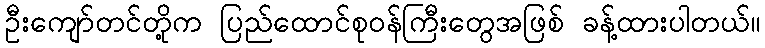
ဦးကျော်တင်တို့က ပြည်ထောင်စုဝန်ကြီးတွေအဖြစ် ခန့်ထားပါတယ်။